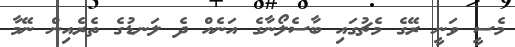
މެސީ ވަނީ ރޭގެ މެޗުގައި ބާސެލޯނާގެ އަނެއް ދެ ލަނޑުގެ ތެރެއިން ނޭމާ